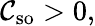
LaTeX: \mathcal{C}_{\mathrm{{so}}}>0,